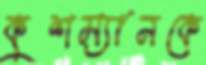
কুশম্যানকে